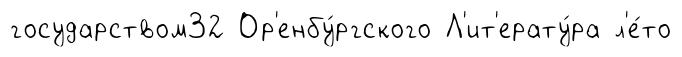
государством32 Ор'енбу́ргского Л'ит'ерату́ра л'е́то